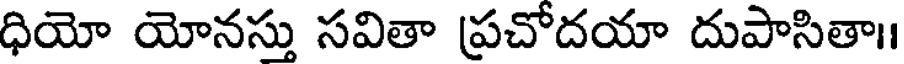
ధియో యోనస్తు సవితా ప్రచోదయా దుపాసితా।